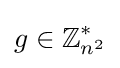
g\in \mathbb {Z} _{n^{2}}^{*}